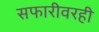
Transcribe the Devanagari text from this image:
सफारीवरही